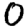
Digit: 0